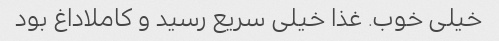
خیلی خوب. غذا خیلی سریع رسید و کاملاداغ بود